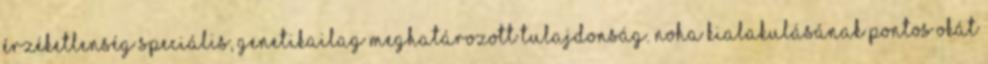
érzéketlenség speciális, genetikailag meghatározott tulajdonság. Noha kialakulásának pontos okát